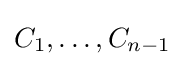
C_{1},\dots ,C_{n-1}